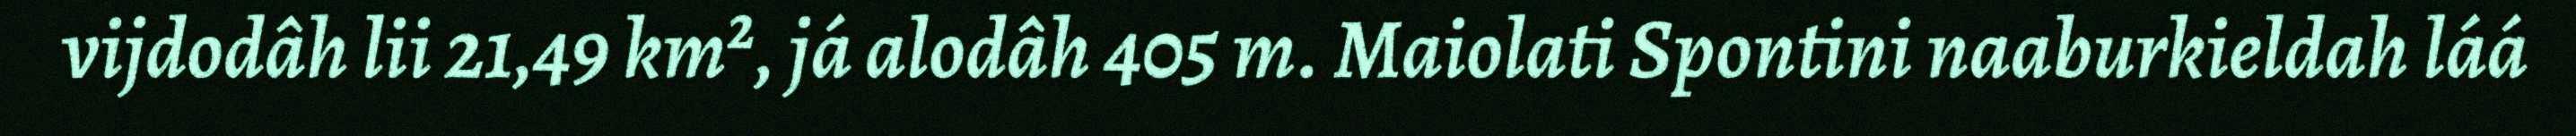
vijdodâh lii 21,49 km², já alodâh 405 m. Maiolati Spontini naaburkieldah láá